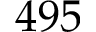
4 9 5